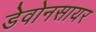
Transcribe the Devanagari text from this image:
डेवोनसायर